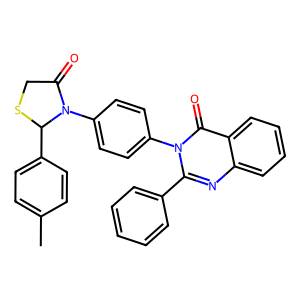
SMILES: Cc1ccc(C2SCC(=O)N2c2ccc(-n3c(-c4ccccc4)nc4ccccc4c3=O)cc2)cc1
Inhibits HIV replication: No